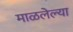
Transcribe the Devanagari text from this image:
माळलेल्या